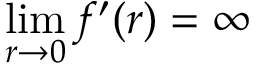
\operatorname* { l i m } _ { r \to 0 } f ^ { \prime } ( r ) = \infty